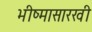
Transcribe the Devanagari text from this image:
भीष्मासारखी